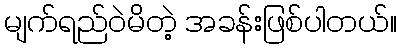
မျက်ရည်ဝဲမိတဲ့ အခန်းဖြစ်ပါတယ်။